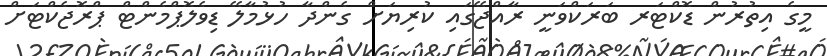
މީގެ އިތުރުން ޑޮކްޓަރ ބަރަކްވަނީ ރާއްޖޭގައި ކުރިޔަށް ގެންދާ ހުޅުމާލޭ ޑިވެލޮޕްމެންޓް ޕްރޮޖެކްޓަށް